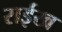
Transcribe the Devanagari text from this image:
राईख